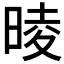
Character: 𣇾